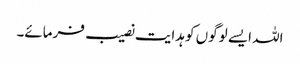
اللہ ایسے لوگوں کو ہدایت نصیب فرمائے۔